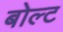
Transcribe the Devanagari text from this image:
बोल्‍ट